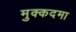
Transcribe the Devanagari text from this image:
मुक्कदमा